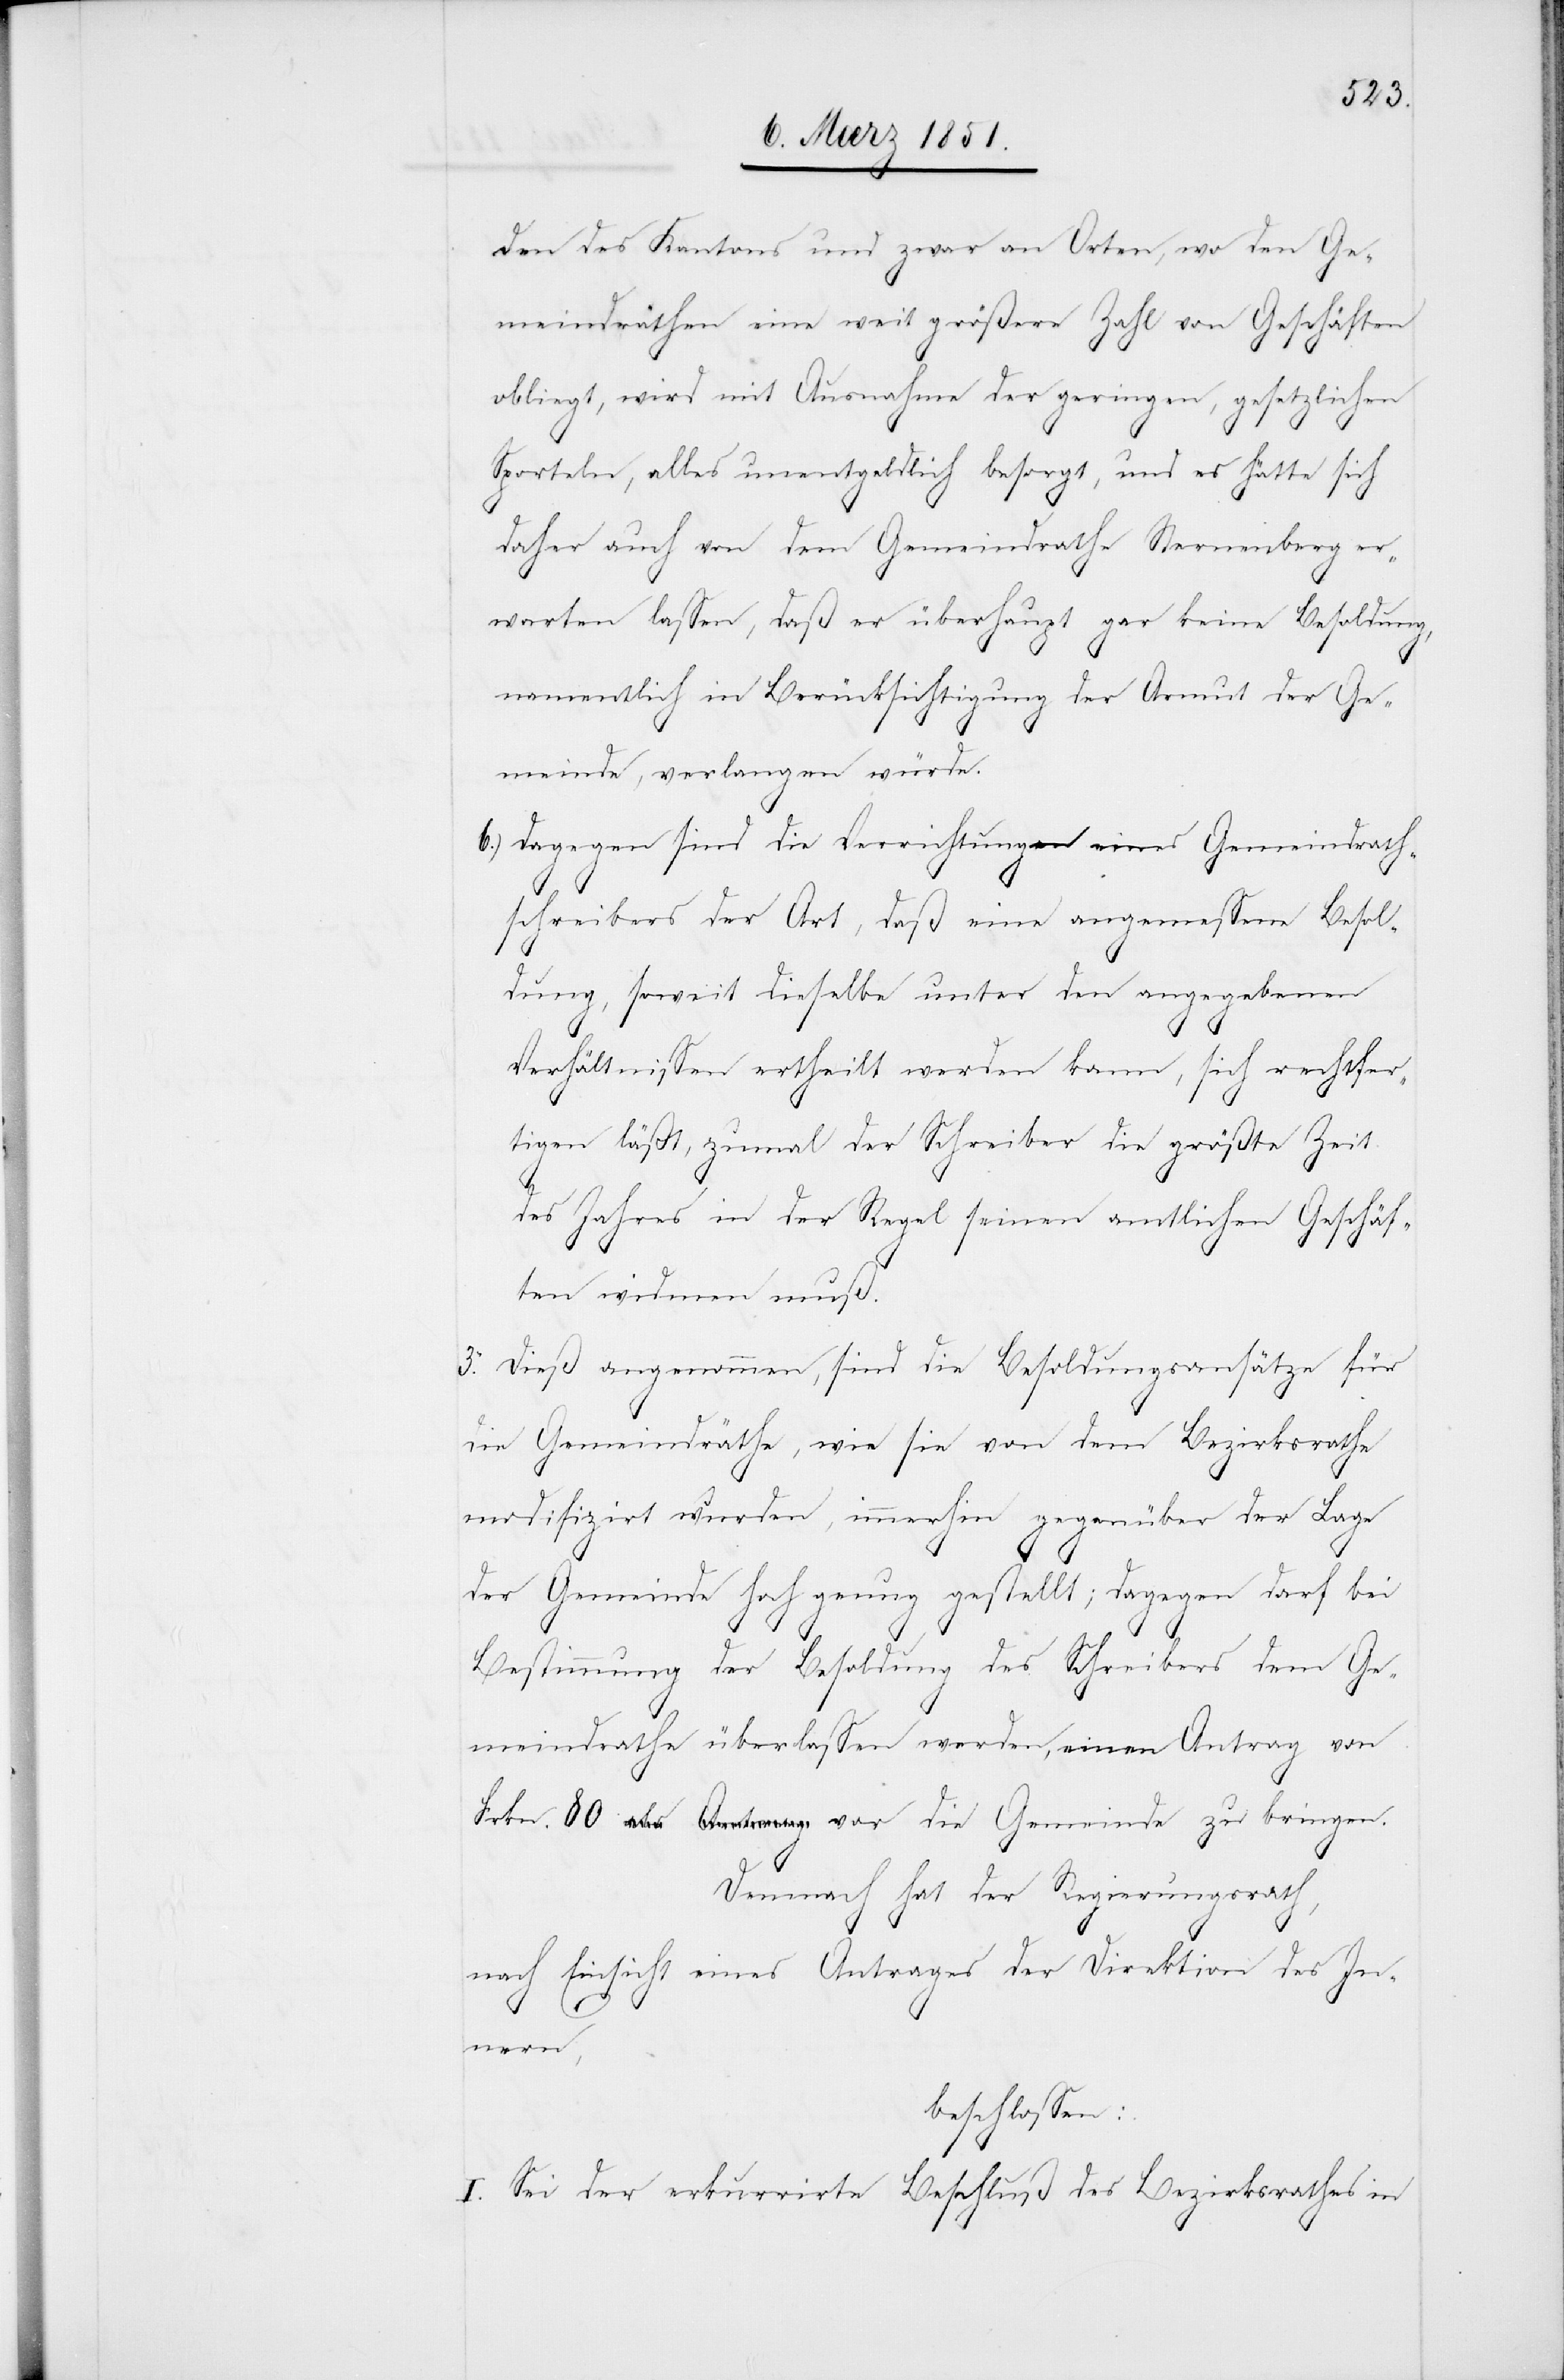
den des Kantons und zwar an Orten, wo den Ge¬
meindräthen eine weit größere Zahl von Geschäften
obliegt, wird mit Ausnahme der geringen, gesetzlichen
Sporteln, alles unentgeldlich besorgt, und es hätte sich
daher auch von dem Gemeindrathe Sternenberg er¬
warten lassen, daß er überhaupt gar keine Besoldung,
namentlich in Berücksichtigung der Armut der Ge¬
meinde, verlangen würde.
Dagegen sind die Verrichtungen eines Gemeindrath¬
schreibers der Art, daß eine angemessene Besol¬
dung, soweit dieselbe unter den angegebenen
Verhältnissen ertheilt werden kann, sich rechtfer¬
tigen läßt, zumal der Schreiber die größte Zeit
des Jahres in der Regel seinen amtlichen Geschäf¬
ten widmen muß.
3. Dieß angenommen, sind die Besoldungsansätze für
die Gemeindräthe, wie sie von dem Bezirksrathe
modifizirt wurden, immerhin gegenüber der Lage
der Gemeinde hoch genug gestellt; dagegen darf bei
Bestimmung der Besoldung des Schreibers dem Ge¬
meindrathe überlassen werden, einen Antrag von
Demnach hat der Regierungsrath,
nach Einsicht eines Antrages der Direktion des In¬
nern,
beschlossen:
I. Sei der erkurrirte [recte: rekurrirte]